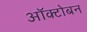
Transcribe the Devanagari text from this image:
ऑक्टोबन